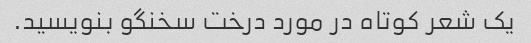
یک شعر کوتاه در مورد درخت سخنگو بنویسید.